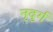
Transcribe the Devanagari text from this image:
नृदुर्ग